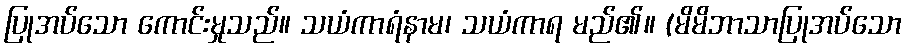
ပြုအပ်သော ကောင်းမှုသည်။ သယံကာရံနာမ၊ သယံကာရ မည်၏။ (မိမိဘာသာပြုအပ်သော